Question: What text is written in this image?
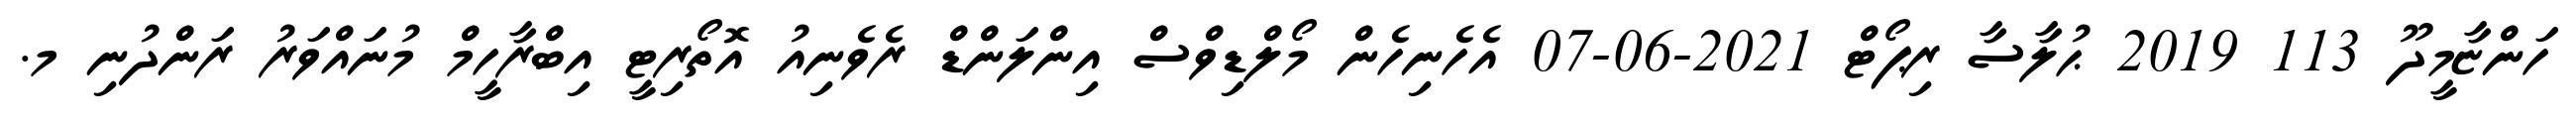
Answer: ހަންޏާމީދޫ 113 2019 ޙުލާސާ ރިޕޯޓް 2021-06-07 އެހެނިހެން މޯލްޑިވްސް އިންލަންޑް ރެވެނިއު އޮތޯރިޓީ އިބްރާހީމް މުނައްވަރު ރަންދުނި މ.